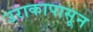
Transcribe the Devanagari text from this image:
उराकापासून